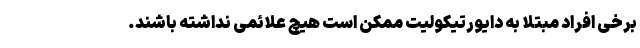
برخی افراد مبتلا به دایورتیکولیت ممکن است هیچ علائمی نداشته باشند.